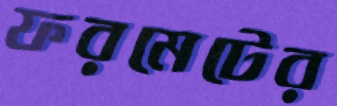
ফরমেটের